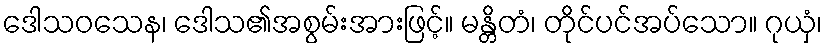
ဒေါသဝသေန၊ ဒေါသ၏အစွမ်းအားဖြင့်။ မန္တိတံ၊ တိုင်ပင်အပ်သော။ ဂုယှံ၊